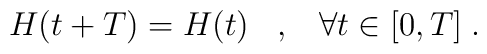
H(t+T)=H(t)\;\;\; ,\;\;\;\forall t\in [0,T] \; .